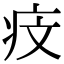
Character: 𤵒